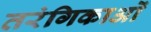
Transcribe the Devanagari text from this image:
तरंगिकाओं